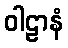
ဝါဠာနံ